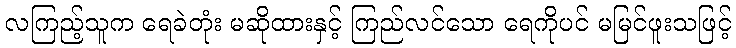
လကြည့်သူက ရေခဲတုံး မဆိုထားနှင့် ကြည်လင်သော ရေကိုပင် မမြင်ဖူးသဖြင့်